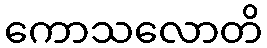
ကောသလောတိ